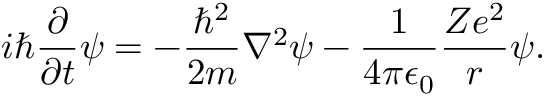
i \hbar { \frac { \partial } { \partial t } } \psi = - { \frac { \hbar ^ { 2 } } { 2 m } } \nabla ^ { 2 } \psi - { \frac { 1 } { 4 \pi \epsilon _ { 0 } } } { \frac { Z e ^ { 2 } } { r } } \psi .